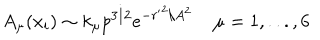
LaTeX: A _ { \mu } ( x _ { i } ) \sim k _ { \mu } p ^ { 3 / 2 } e ^ { - { r ^ { \prime } } ^ { 2 } / A ^ { 2 } } \; \mu = 1 , . . . , 6